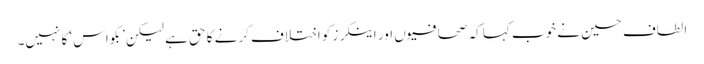
الطاف حسین نے خوب کہا کہ صحافیوں اور اینکرز کو اختلاف کرنے کا حق ہے لیکن ’بکواس‘ کا نہیں۔